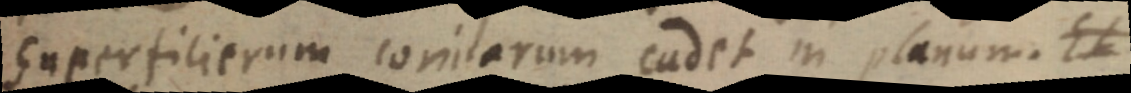
Superficierum coniarum cadet in planum. Et